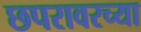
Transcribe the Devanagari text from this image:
छपरावरच्या